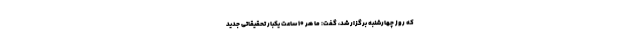
که روز چهارشنبه برگزار شد، گفت: ما هر ۱۰ ساعت یکبار تحقیقاتی جدید